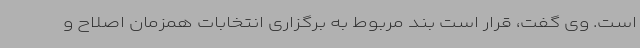
است. وی گفت، قرار است بند مربوط به برگزاری انتخابات همزمان اصلاح و